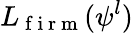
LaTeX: L_{\mathrm{~f~i~r~m~}}(\psi^{l})